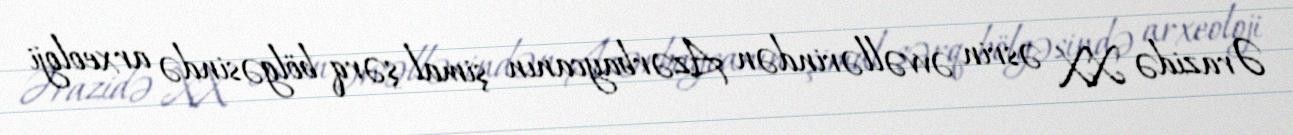
Ərazidə XX əsrin əvvəllərindən Azərbaycanın şimal-şərq bölgəsində arxeoloji